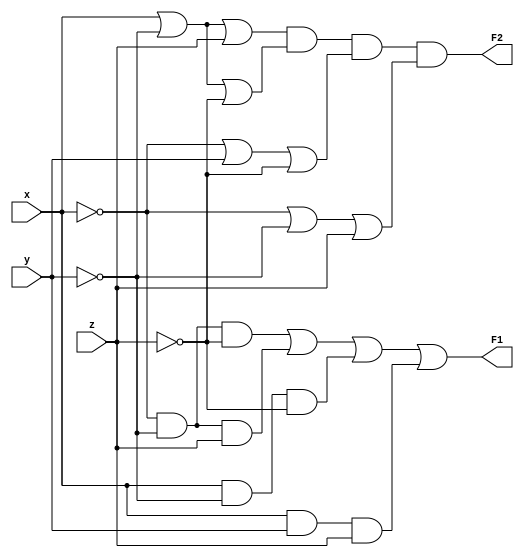
`timescale 1ns / 1ps
//////////////////////////////////////////////////////////////////////////////////
// Company: 
// Engineer: 
// 
// Design Name: 
// Module Name:    Ex1 
// Project Name: 
// Target Devices: 
// Tool versions: 
// Description: 
//
// Dependencies: 
//
// Revision: 
// Revision 0.01 - File Created
// Additional Comments: 
//
//////////////////////////////////////////////////////////////////////////////////
module Ex1(F1, F2, x, y, z);
output F1, F2;
input x, y, z;

wire F1, F2, x, y, z;

assign F1 = (~x&~y&~z) | (~x&~y&z) | (x&~y&~z) | (x&y&z);
assign F2 = (x|~y|z) & (x|~y|~z) & (~x|y|~z) & (~x|~y|z);


endmodule